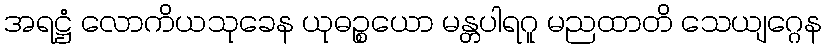
အရဋ္ဌံ လောကိယသုခေန ယုဓဉ္စယော မန္တပါရဂူ မညထာတိ သေယျဂ္ဂေန